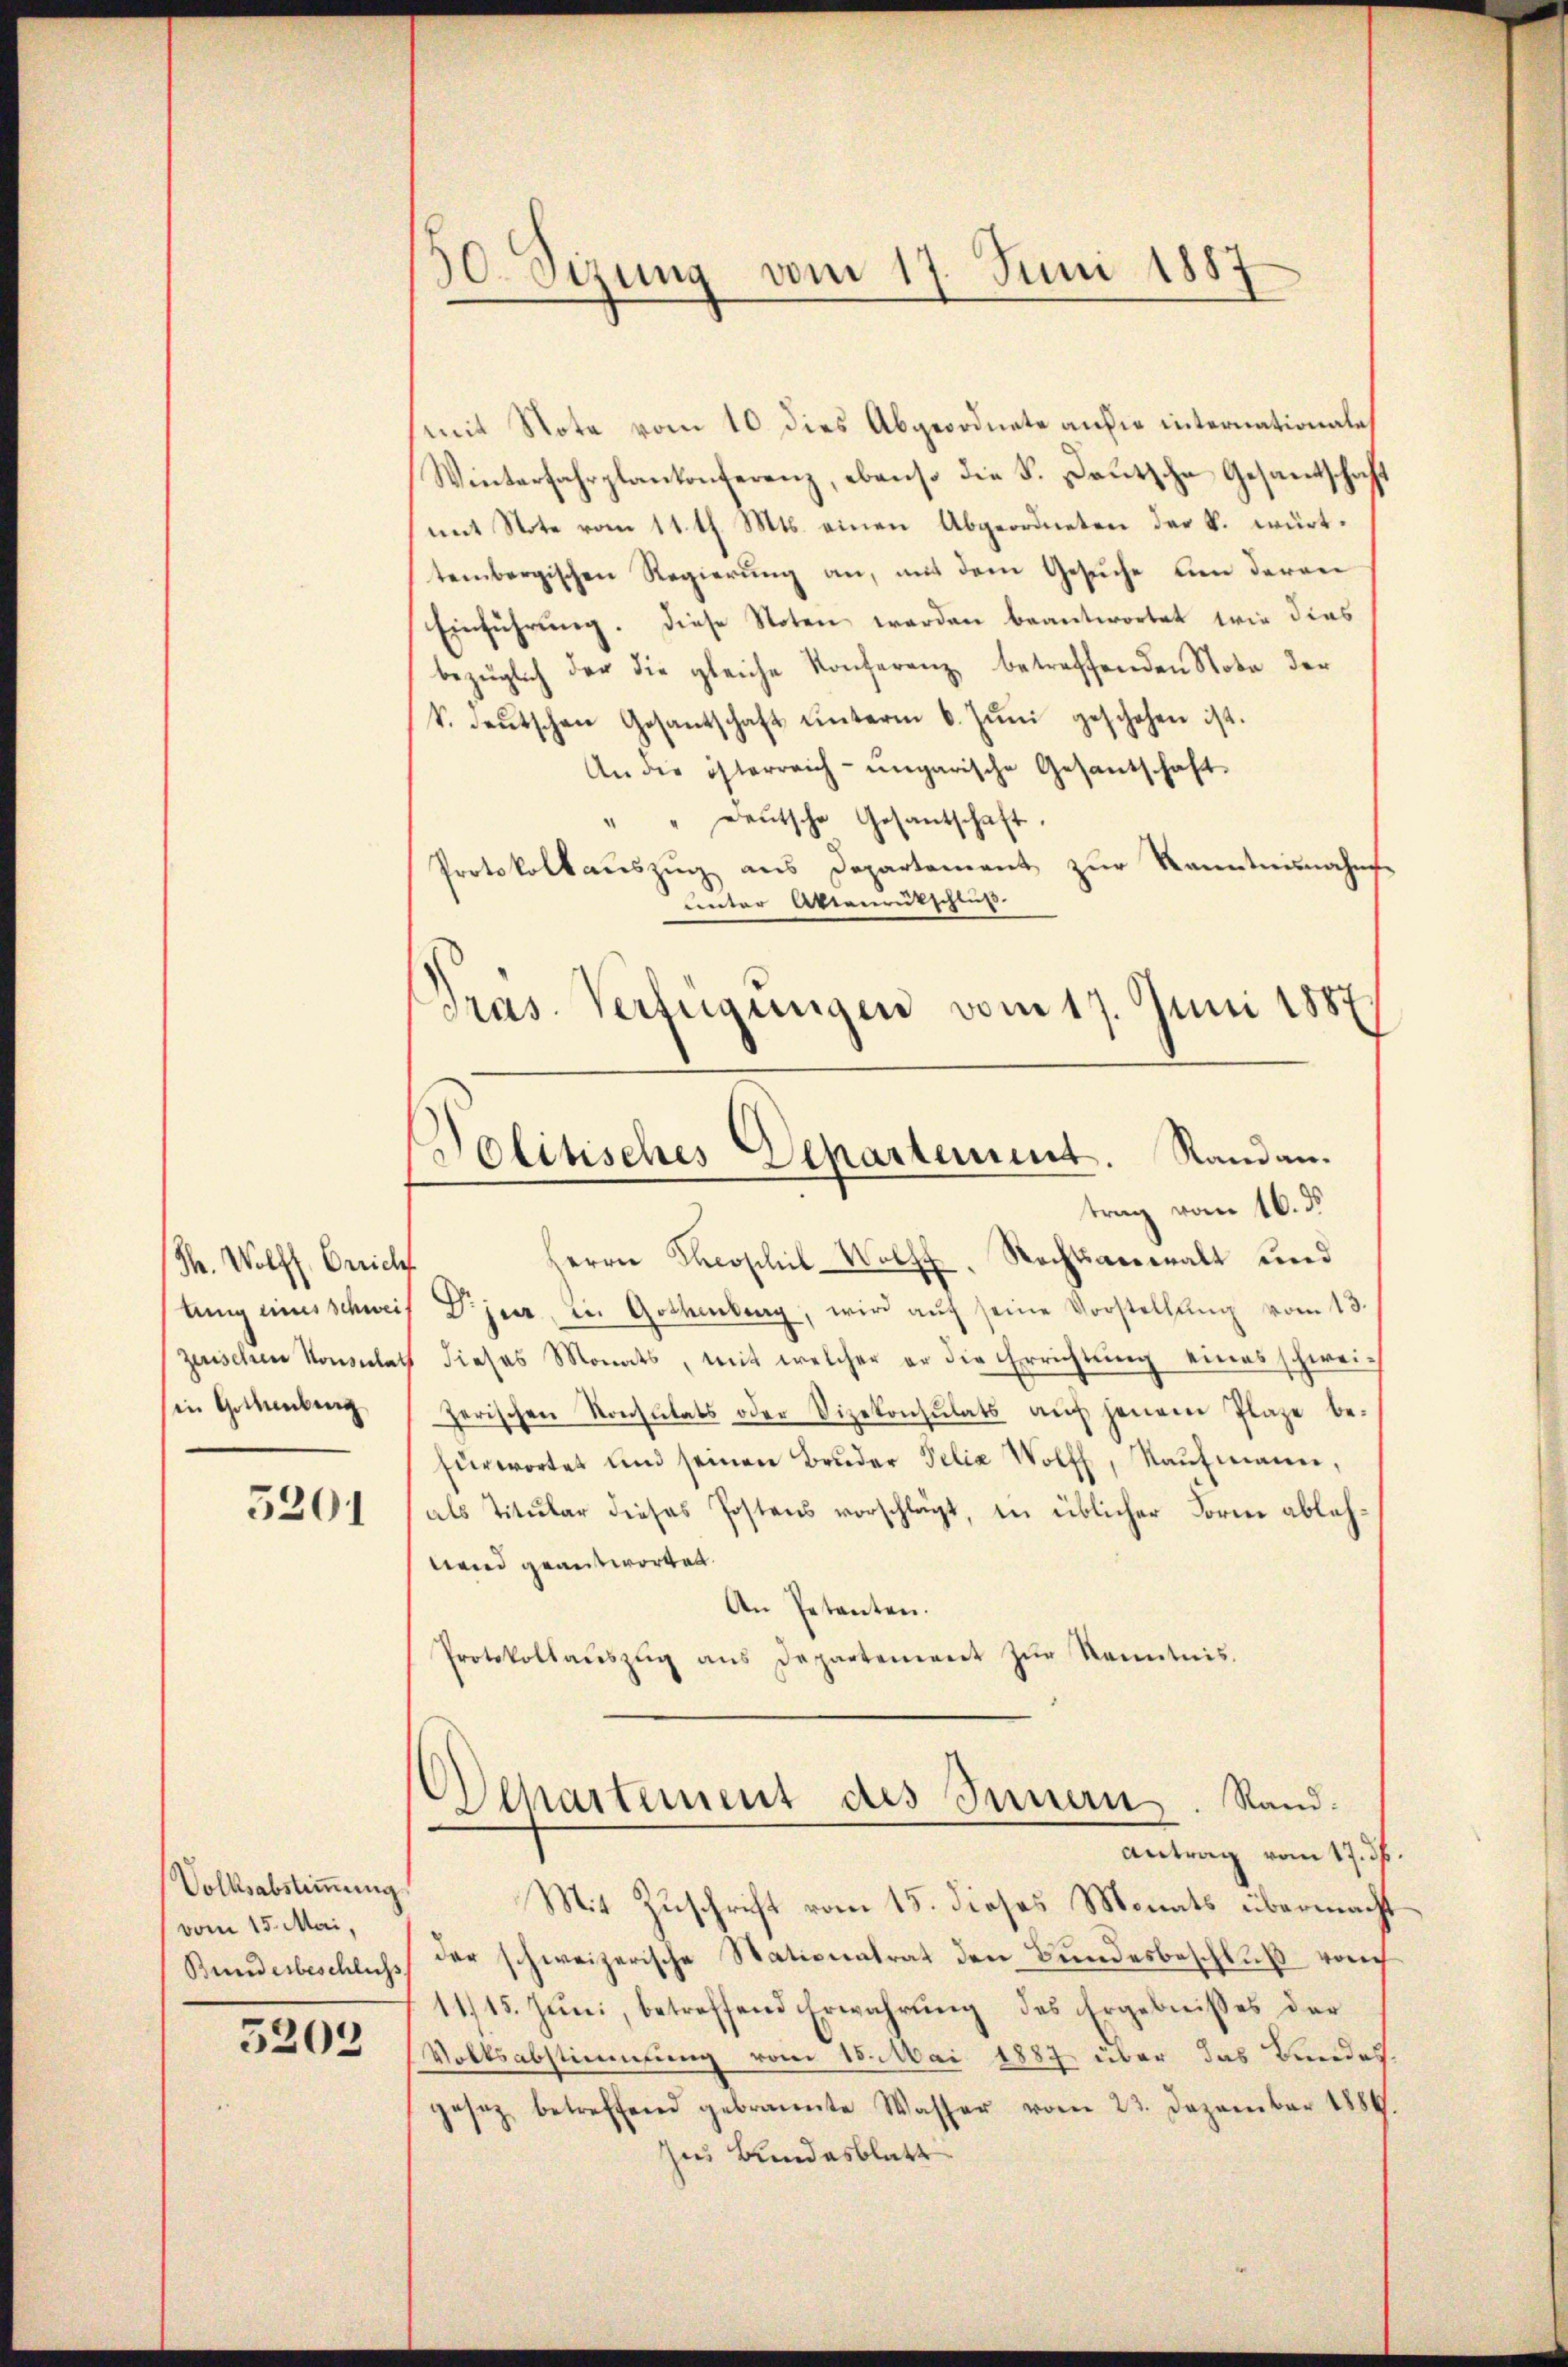
Th. Wolff, Zürich
in Gottenberg
5201

Volksabstimmung
vom 15. Mai,
5203

30. Sizung vom 17. Juni 1887

(mit Note vom 10 dies Abgeordnete an die internationales
Winterfahrplankonferenz, ebenso die S. Deutsche Gesandtschaft
mit Note vom 11. tl. Mts. einen Abgeordneten der k. württembergischen Regierung an, mit dem Gesuche um deren
Einführung. Diese Noten werden beantwortet wir dies
bezüglich der die gleiche Konferenz betreffenden Nota der
k. deŭtschen Gesantschaft ŭnterm 6. Jŭni geschehen ist.
An die österreich-ungarische Gesantschaft.
" " deŭtsche Gesantschaft.
Protokollauszug aus Departement zur Kenntnisnahms-
unter Aktenrutschluß
Pras. Verfügungen vom 17. Juni 1887

Dolitisches Departement. Randau.
trag vom 16. d.

Herrn Poschil-Wolff, Rechtsanwalt und
tung eines schweis Dr. jeer, in Gottenberg, wird aŭf seine Vorstellung vom 13.
zwischen Konsulat dieses Monats, mit welcher er die Errichtŭng eines schweizerischen Konsulats oder Vizekonsulats aŭf jenem Plaze be-
fürwortet und seinen Bruder Felix Wolff, Kaufmann,
als Titular dieses Postens vorschlägt, in üblicher Form ablehnand geantworten.
An Petenten.
Protokollaŭszŭg ans Departeniret zŭr Kenntnis.

Departement des Innern. Rand.
Antrag vom 17. ds.

Mit Zuschrift vom 15. dieses Monats übermacht
Bundesbeschlichs der schweizerische Nationatrat den Bundesbeschluß vorh
1115. Juni, betreffend Erwahrung des Ergebnisses der
Volksabstimmung vom 15. Mai 1887 über das Bundesgesez betreffend gebrannte Wasser vom 22. Dezember 1889.
zu Bundesblatt